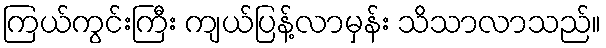
ကြယ်ကွင်းကြီး ကျယ်ပြန့်လာမှန်း သိသာလာသည်။